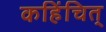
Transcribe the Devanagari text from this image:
कहिंचित्‌